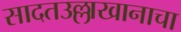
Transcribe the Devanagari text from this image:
सादतउल्लाखानाचा